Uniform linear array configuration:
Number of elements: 16
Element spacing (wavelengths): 1
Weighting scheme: hann
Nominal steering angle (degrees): -30
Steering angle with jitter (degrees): -28.299
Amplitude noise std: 0.05
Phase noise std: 0.05

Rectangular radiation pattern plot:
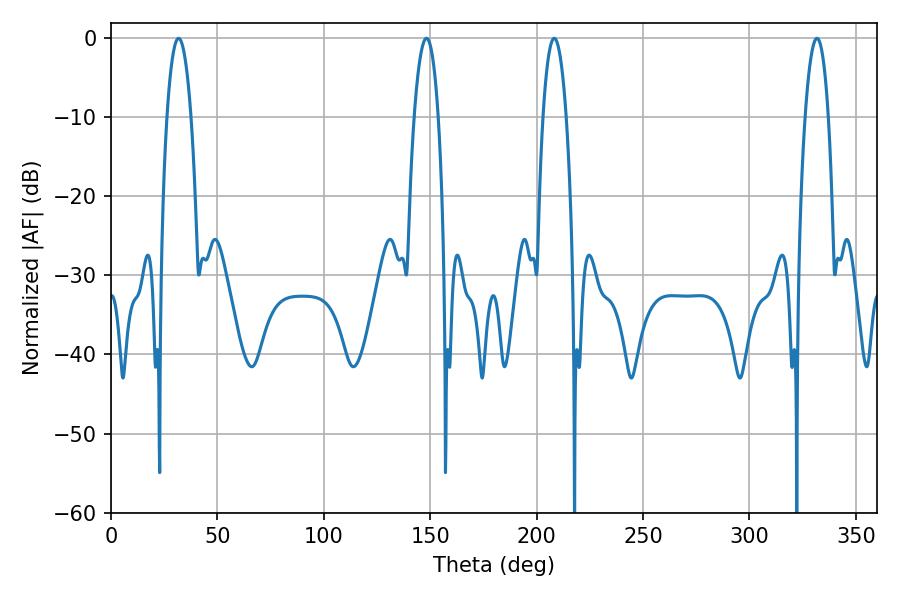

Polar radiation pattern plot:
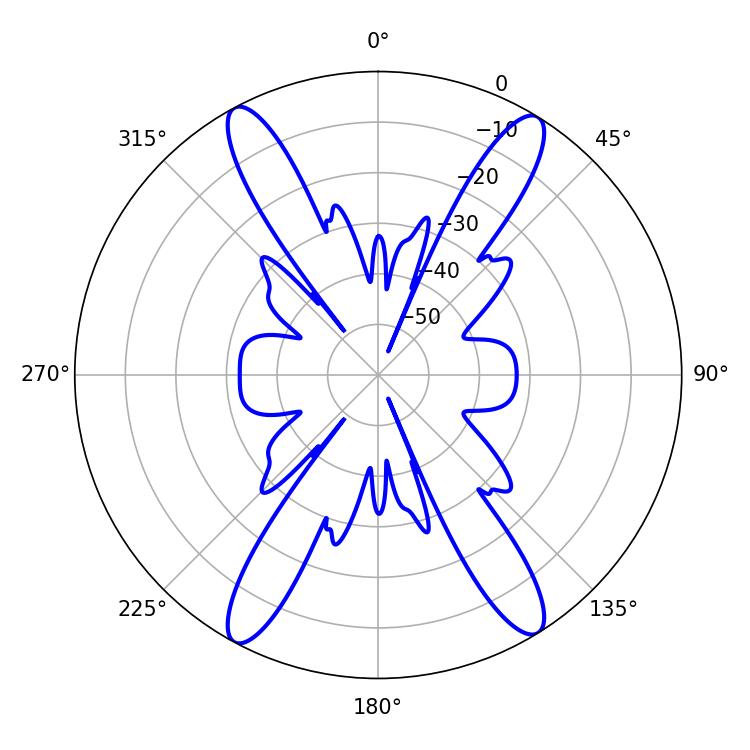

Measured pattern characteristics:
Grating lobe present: TRUE
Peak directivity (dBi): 20.824
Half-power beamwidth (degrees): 6.12
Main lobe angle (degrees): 208.26